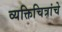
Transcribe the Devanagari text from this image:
व्यक्तिचित्रांचे